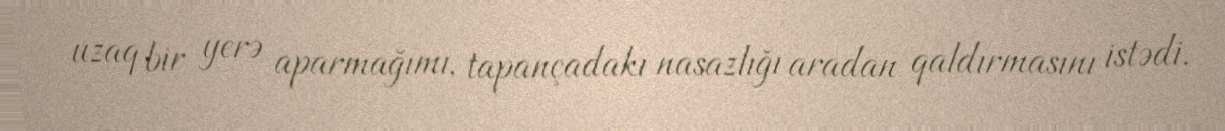
uzaq bir yerə aparmağımı, tapançadakı nasazlığı aradan qaldırmasını istədi.